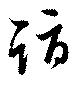
詣